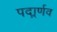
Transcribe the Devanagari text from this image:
पदार्र्णव